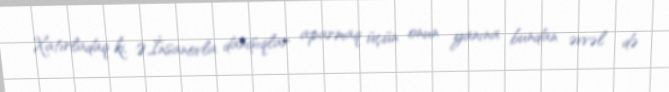
Xatırladaq ki, Ə.İnsanovla danışıqlar aparmaq üçün onun yanına bundan əvvəl də